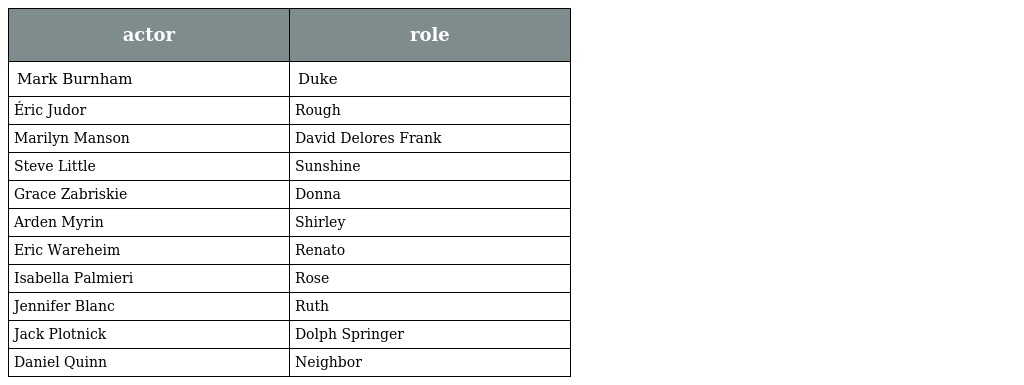
| actor | role |
 | --- | --- |
 | Mark Burnham | Duke |
 | Éric Judor | Rough |
 | Marilyn Manson | David Delores Frank |
 | Steve Little | Sunshine |
 | Grace Zabriskie | Donna |
 | Arden Myrin | Shirley |
 | Eric Wareheim | Renato |
 | Isabella Palmieri | Rose |
 | Jennifer Blanc | Ruth |
 | Jack Plotnick | Dolph Springer |
 | Daniel Quinn | Neighbor |